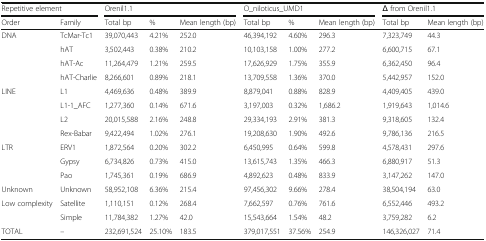
<table><thead><tr><td colspan="2"><b>Repetitive element</b></td><td colspan="3"><b>Orenil1.1</b></td><td colspan="3"><b>O_niloticus_UMD1</b></td><td colspan="2"><b>Δ from Orenil1.1</b></td></tr><tr><td><b>Order</b></td><td><b>Family</b></td><td><b>Total bp</b></td><td><b>%</b></td><td><b>Mean length (bp)</b></td><td><b>Total bp</b></td><td><b>%</b></td><td><b>Mean length (bp)</b></td><td><b>Total bp</b></td><td><b>Mean length (bp)</b></td></tr></thead><tbody><tr><td rowspan="4">DNA</td><td>TcMar-Tc1</td><td>39,070,443</td><td>4.21%</td><td>252.0</td><td>46,394,192</td><td>4.60%</td><td>296.3</td><td>7,323,749</td><td>44.3</td></tr><tr><td>hAT</td><td>3,502,443</td><td>0.38%</td><td>210.2</td><td>10,103,158</td><td>1.00%</td><td>277.2</td><td>6,600,715</td><td>67.1</td></tr><tr><td>hAT-Ac</td><td>11,264,479</td><td>1.21%</td><td>259.5</td><td>17,626,929</td><td>1.75%</td><td>355.9</td><td>6,362,450</td><td>96.4</td></tr><tr><td>hAT-Charlie</td><td>8,266,601</td><td>0.89%</td><td>218.1</td><td>13,709,558</td><td>1.36%</td><td>370.0</td><td>5,442,957</td><td>152.0</td></tr><tr><td rowspan="4">LINE</td><td>L1</td><td>4,469,636</td><td>0.48%</td><td>389.9</td><td>8,879,041</td><td>0.88%</td><td>828.9</td><td>4,409,405</td><td>439.0</td></tr><tr><td>L1-1_AFC</td><td>1,277,360</td><td>0.14%</td><td>671.6</td><td>3,197,003</td><td>0.32%</td><td>1,686.2</td><td>1,919,643</td><td>1,014.6</td></tr><tr><td>L2</td><td>20,015,588</td><td>2.16%</td><td>248.8</td><td>29,334,193</td><td>2.91%</td><td>381.3</td><td>9,318,605</td><td>132.4</td></tr><tr><td>Rex-Babar</td><td>9,422,494</td><td>1.02%</td><td>276.1</td><td>19,208,630</td><td>1.90%</td><td>492.6</td><td>9,786,136</td><td>216.5</td></tr><tr><td rowspan="3">LTR</td><td>ERV1</td><td>1,872,564</td><td>0.20%</td><td>302.2</td><td>6,450,995</td><td>0.64%</td><td>599.8</td><td>4,578,431</td><td>297.6</td></tr><tr><td>Gypsy</td><td>6,734,826</td><td>0.73%</td><td>415.0</td><td>13,615,743</td><td>1.35%</td><td>466.3</td><td>6,880,917</td><td>51.3</td></tr><tr><td>Pao</td><td>1,745,361</td><td>0.19%</td><td>686.9</td><td>4,892,623</td><td>0.48%</td><td>833.9</td><td>3,147,262</td><td>147.0</td></tr><tr><td>Unknown</td><td>Unknown</td><td>58,952,108</td><td>6.36%</td><td>215.4</td><td>97,456,302</td><td>9.66%</td><td>278.4</td><td>38,504,194</td><td>63.0</td></tr><tr><td rowspan="2">Low complexity</td><td>Satellite</td><td>1,110,151</td><td>0.12%</td><td>268.4</td><td>7,662,597</td><td>0.76%</td><td>761.6</td><td>6,552,446</td><td>493.2</td></tr><tr><td>Simple</td><td>11,784,382</td><td>1.27%</td><td>42.0</td><td>15,543,664</td><td>1.54%</td><td>48.2</td><td>3,759,282</td><td>6.2</td></tr><tr><td>TOTAL</td><td>–</td><td>232,691,524</td><td>25.10%</td><td>183.5</td><td>379,017,551</td><td>37.56%</td><td>254.9</td><td>146,326,027</td><td>71.4</td></tr></tbody></table>